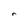
Character: r